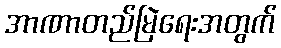
အာဏာတည်မြဲရေးအတွက်